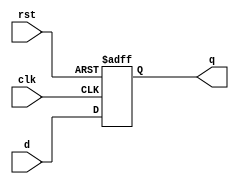
module flipflop_lfsr(q, clk, rst, d);
input clk;
input rst;
input d;
output q;
reg q;
always @(posedge clk or posedge rst) begin
if (rst)
q = 0;
else
q = d;
end
endmodule